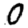
Digit: 0